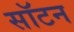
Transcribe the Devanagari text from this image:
सॉटन